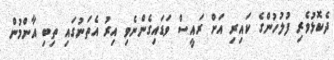
ދެކޮޅުވެރި ފުލުހުންގެ ކައިރި އަށް ރައީސް ވަޑައިގެންނެވި އިރު އެތަނުގައި ތިބި އާންމުން